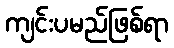
ကျင်းပမည်ဖြစ်ရာ